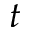
\boldsymbol { t }